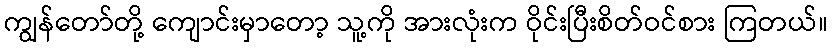
ကျွန်တော်တို့ ကျောင်းမှာတော့ သူ့ကို အားလုံးက ဝိုင်းပြီးစိတ်ဝင်စား ကြတယ်။